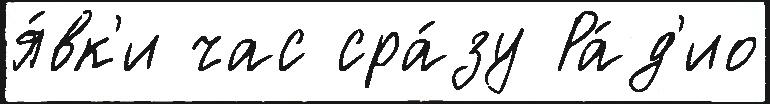
я́вк'и час сра́зу Ра́д'ио